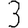
Digit: 3